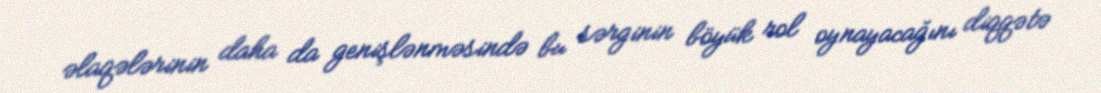
əlaqələrinin daha da genişlənməsində bu sərginin böyük rol oynayacağını diqqətə